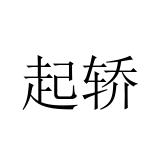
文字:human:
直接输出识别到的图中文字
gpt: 起轿